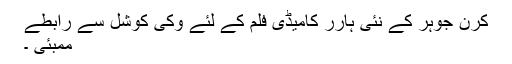
کرن جوہر کے نئی ہارر کامیڈی فلم کے لئے وکی کوشل سے رابطے
ممبئی ۔